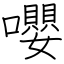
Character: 嚶